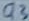
Text: Q3